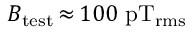
B _ { \mathrm { t e s t } } \, { \approx } \, 1 0 0 ~ \mathrm { p T _ { r m s } }